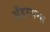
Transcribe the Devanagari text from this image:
अँडरसन्स